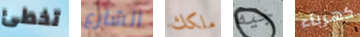
تخطئ الشارع ملكك جيه كهرباء